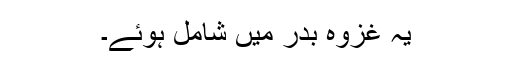
یہ غزوۂ بدر میں شامل ہوئے۔